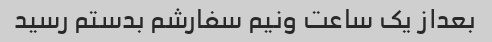
بعداز یک ساعت ونیم سفارشم بدستم رسید